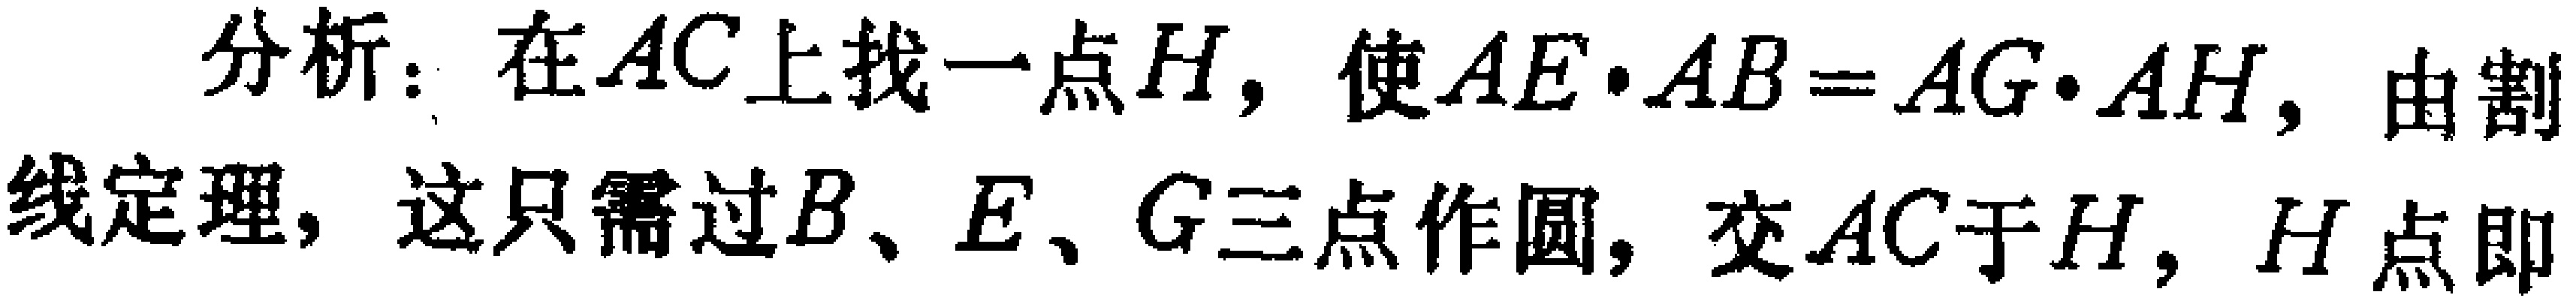
分析：在\(AC\)上找一点\(H\)，使\(AE\cdot AB = AG\cdot AH\)，由割线定理，这只需过\(B、E、G\)三点作圆，交\(AC\)于\(H\)，\(H\)点即